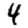
Digit: 4